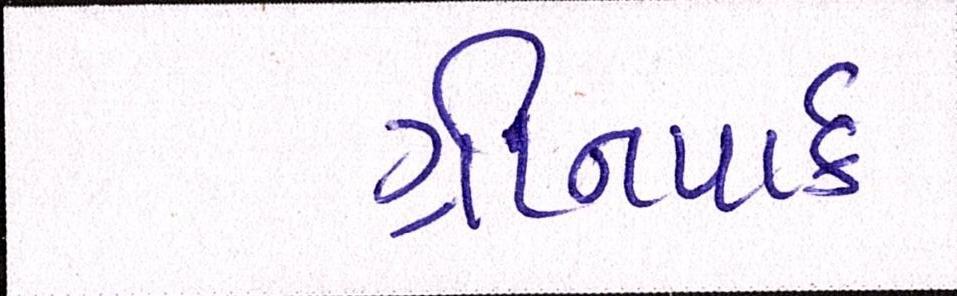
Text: ગ્રીનપાર્ક